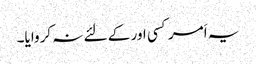
یہ اَمر کسی اور کے لئے نہ کروایا۔